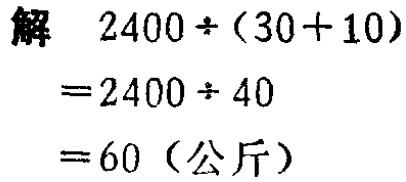
解

\[

\begin{align*}

2400\div(30 + 10)&=2400\div40\\

&= 60 \text{（公斤）}

\end{align*}

\]